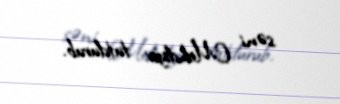
səni Mehdiyev tutdurub.